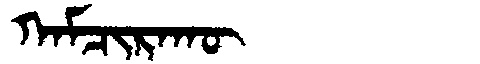
Manchu: ᡴᠠᠮᠴᡳᡵᠠᡴᡡ
Romanization: KAMCIRAKŪ